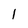
Character: l